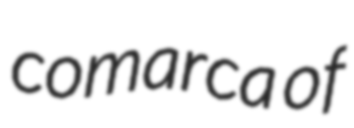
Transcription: comarca of